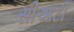
સીઆટી